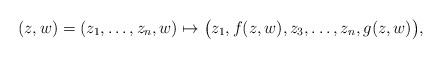
LaTeX: \begin{align*}(z,w) = (z_1,\ldots,z_n,w)\mapsto\bigl(z_1, f(z,w), z_3, \ldots, z_n, g(z,w)\bigr) ,\end{align*}